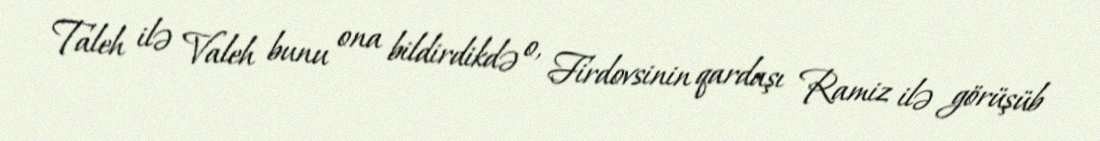
Taleh ilə Valeh bunu ona bildirdikdə o, Firdovsinin qardaşı Ramiz ilə görüşüb